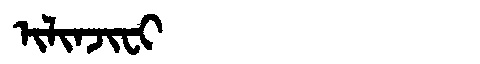
Manchu: ᡳᠯᡳᠨᠵᡳᠸᡳ
Romanization: ILINJIFI